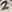
Text: 2